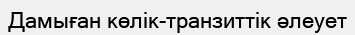
Дамыған көлік-транзиттік әлеует